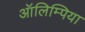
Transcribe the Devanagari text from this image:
ऑलिम्पिया